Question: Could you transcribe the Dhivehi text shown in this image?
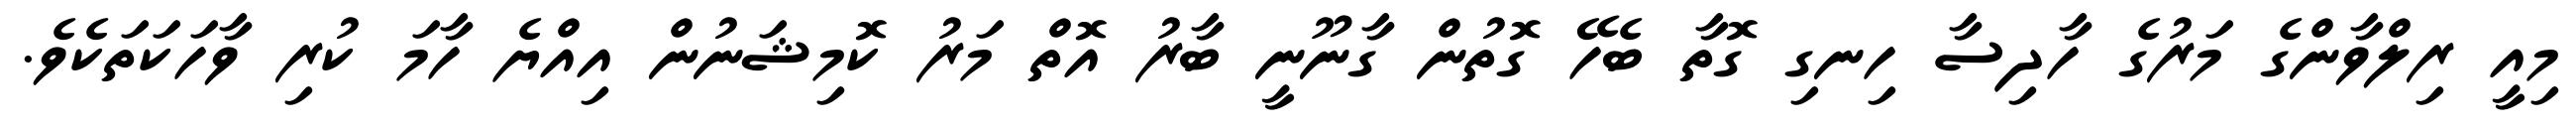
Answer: މިއީ ރިލްވާންގެ މަރުގެ ހާދިސާ ހިނގި ގޮތާ ބެހޭ ގޮތުން ގާނޫނީ ބާރު އޮތް މަރު ކޮމިޝަނުން އިއްޔެ ހާމަ ކުރި ވާހަކަތަކެވެ.